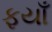
ફયાઁ